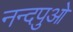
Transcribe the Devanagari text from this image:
नन्दपुओ